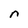
Character: n